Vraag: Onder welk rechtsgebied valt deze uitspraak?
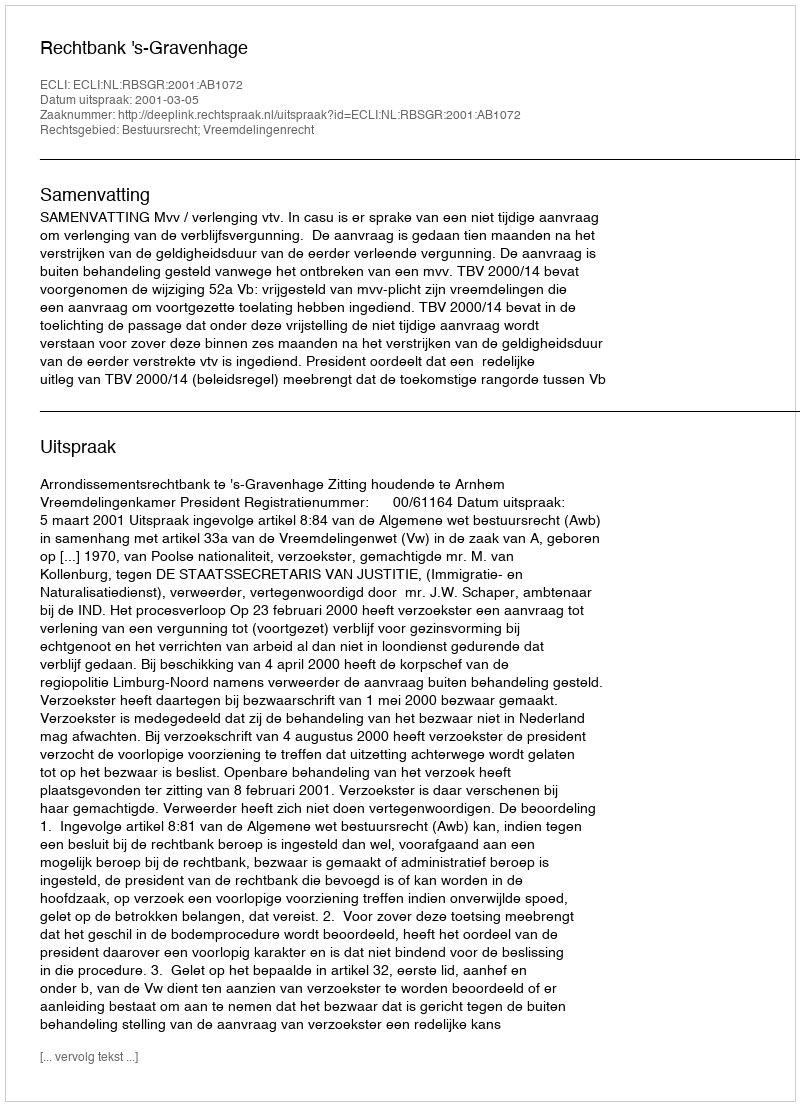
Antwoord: Bestuursrecht; Vreemdelingenrecht